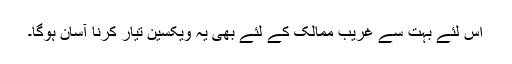
اس لئے بہت سے غریب ممالک کے لئے بھی یہ ویکسین تیار کرنا آسان ہوگا۔